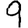
Digit: 9